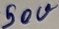
Text: 50V